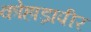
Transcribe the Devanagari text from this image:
कोहाड़ापीर